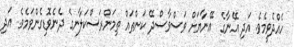
ހެއްދެވީމެވެ. އަދި އޭނާގެ  އޭނާޔަށް ވަސްވާސްދޭ ކަންތައް ތިމަންރަސްކަލާނގެ ދެނެވޮޑިގެންވަމެވެ. އަދި